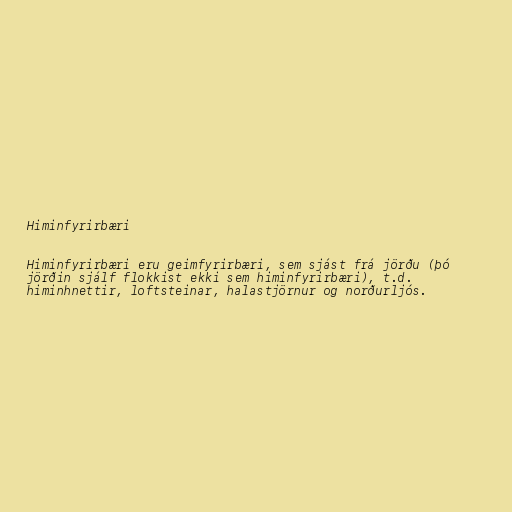
Himinfyrirbæri

Himinfyrirbæri eru geimfyrirbæri, sem sjást frá jörðu (þó
jörðin sjálf flokkist ekki sem himinfyrirbæri), t.d.
himinhnettir, loftsteinar, halastjörnur og norðurljós.